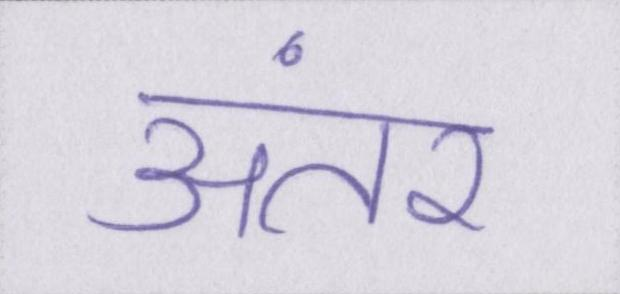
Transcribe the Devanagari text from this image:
अंतर